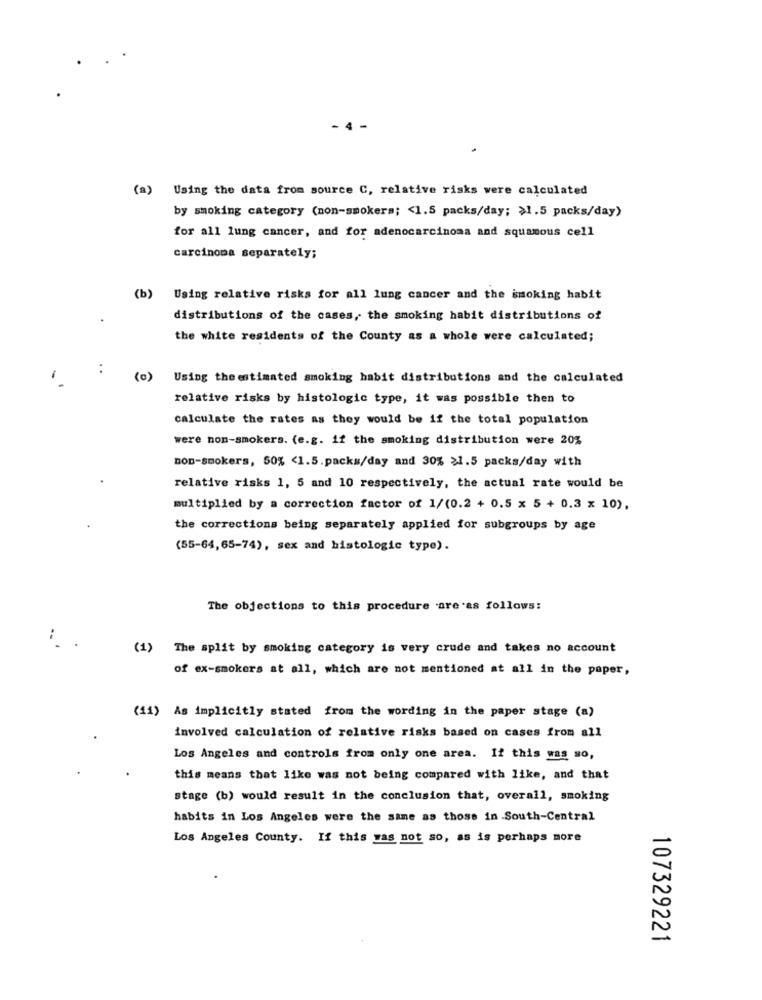
(a) Using the data from source C, relative risks were calculated
by smoking category (non-smokers; < 1.5 packs/day; $1.5 packs/day)
for all lung cancer, and for adenocarcinoma and squamous cell
carcinoma separately;
(b)
Using relative risks for all lung cancer and the smoking habit
distributions of the cases, the smoking habit distributions of
the white residents of the County as a whole were calculated;
-
Using the estimated smoking habit distributions and the calculated
relative risks by histologic type, it was possible then to
calculate the rates as they would be if the total population
were non-smokers. (e.g. if the smoking distribution were 20%
non-smokers, 50% <1.5.packs/day and 30% >1.5 packs/day with
relative risks 1, 5 and 10 respectively, the actual rate would be
multiplied by a correction factor of 1/(0.2 + 0.5 x 5 + 0.3 x 10),
the corrections being separately applied for subgroups by age
(55-64,65-74), sex and histologic type).
The objections to this procedure are as follows:
:
The split by smoking category is very crude and takes no account
of ex-smokers at all, which are not mentioned at all in the paper,
(11) As implicitly stated from the wording in the paper stage (a)
involved calculation of relative risks based on cases from all
Los Angeles and controls from only one area. If this was so,
this means that like was not being compared with like, and that
stage (b) would result in the conclusion that, overall, smoking
habits in Los Angeles were the same as those in South-Central
Los Angeles County. If this was not so, as is perhaps more
107329221